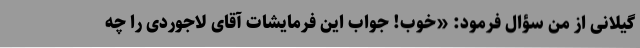
گیلانی از من سؤال فرمود: «خوب! جواب این فرمایشات آقای لاجوردی را چه